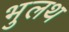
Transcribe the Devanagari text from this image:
भुलथ